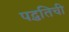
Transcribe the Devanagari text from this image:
पद्धतिची